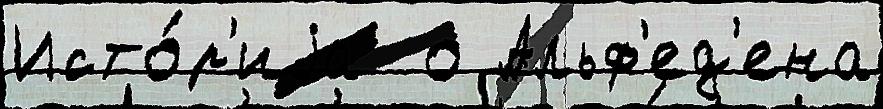
Исто́р'иjа  о Альф'ед'ена